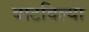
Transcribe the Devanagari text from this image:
बाटविल्या